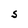
Character: S